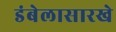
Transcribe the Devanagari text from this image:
डंबेलासारखे